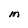
Character: M